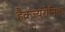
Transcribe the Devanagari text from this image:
हैक्ज़्युरोनिक